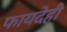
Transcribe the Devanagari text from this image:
फायदेही